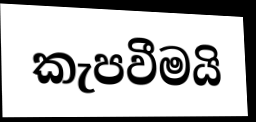
කැපවීමයි